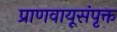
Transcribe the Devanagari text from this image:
प्राणवायूसंपृक्त